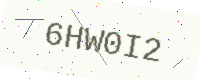
Text: 6HW0I2